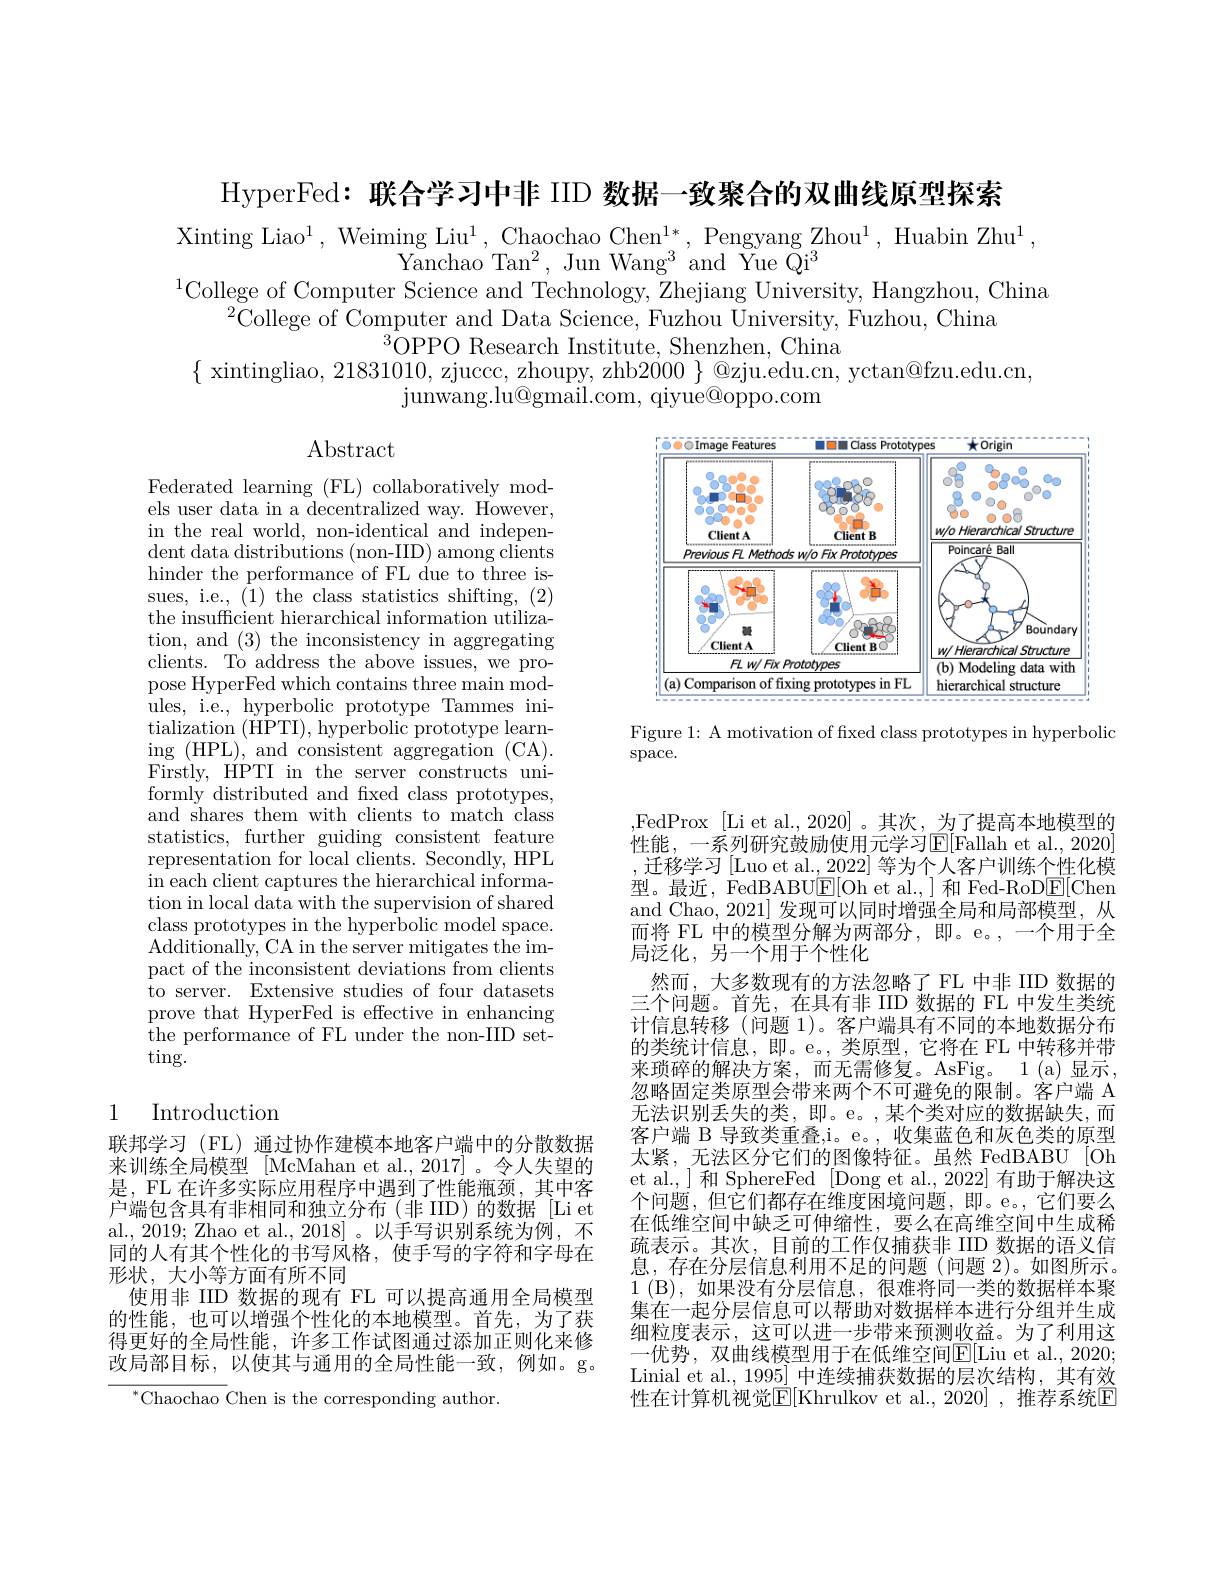
HyperFed: 联合学习中非 IID 数据一致聚合的双曲线原型探索

Xinting Liao$^1$, Weiming Liu$^1$, Chaochao Chen$^1*$, Pengyang Zhou$^1$, Huabin Zhu$^1$,
Yanchao Ta$n^{2}$, Jun Wan$g^{3}$ and $\tilde{Y}$ue $\tilde{Q} i^{3}$
$^{1}$College of Computer Science and Technology, Zhejiang University, Hangzhou, China
$^{2}$College of Computer and Data Science, Fuzhou University, Fuzhou, China
$^{3}$OPPO Research Institute, Shenzhen, China
$\{$ xintingliao, 21831010, zjuccc, zhoupy, zhb$2000\}\textcircled{\text{zju.edu.cn, yctan@fzu.edu.cn,}}$
junwang. lu@ gmail. com, qiyue@ oppo. com

$\operatorname{Abstract}$

<FigureHere>

Figure 1: A motivation of fixed class prototypes in hyperbolic
$\operatorname{space.}$

Federated learning (FL) collaboratively models user data in a decentralized way. However, in the real world, non-identical and indepen- ${\mathrm{dent~data~distributions~(non-IID)~among~clients}}$ hinder the performance of FL due to three issues, i.e., (1) the class statistics shifting, (2) the insufficient hierarchical information utilization, and (3) the inconsistency in aggregating clients. To address the above issues, we propose HyperFed which contains three main modules, i.e., hyperbolic prototype Tammes initialization (HPTI), hyperbolic prototype learning (HPL), and consistent aggregation (CA). Firstly, HPTI in the server constructs uniformly distributed and fixed class prototypes, and shares them with clients to match class statistics, further guiding consistent feature representation for local clients. Secondly, HPL in each client captures the hierarchical information in local data with the supervision of shared class prototypes in the hyperbolic model space. Additionally, CA in the server mitigates the impact of the inconsistent deviations from clients to server. Extensive studies of four datasets prove that HyperFed is effective in enhancing the performance of FL under the non-IID set- $\tan$g.

,FedProx[Li et al., 2020]。其次，为了提高本地模型的性能，一系列研究鼓励使用元学习$\operatorname{E}[$Fallah et al., 2020] ,迁移学习[Luo et al.,2022]等为个人客户训练个性化模型。最近，FedBABU$\underline{\mathrm{E}}[$Oh et al.,]和 Fed-RoD$\underline{\mathrm{E}}[$Chen and Chao, 2021] 发现可以同时增强全局和局部模型，从而将 FL 中的模型分解为两部分，即。e。,一个用于全局泛化，另一个用于个性化
然而，大多数现有的方法忽略了 FL 中非 IID 数据的三个问题。首先，在具有非 IID 数据的 FL 中发生类统计信息转移(问题 1)。客户端具有不同的本地数据分布的类统计信息，即。e。,类原型，它将在 FL 中转移并带来琐碎的解决方案，而无需修复。AsFig。1(a)显示， 忽略固定类原型会带来两个不可避免的限制。客户端 A 无法识别丢失的类，即。e。,某个类对应的数据缺失，而客户端 B 导致类重叠，i。e。, 收集蓝色和灰色类的原型太紧，无法区分它们的图像特征。虽然 FedBABU[Oh] et al., ] 和 SphereFed [Dong et al., 2022] 有助于解决这个问题，但它们都存在维度困境问题，即。e。,它们要么在低维空间中缺乏可伸缩性，要么在高维空间中生成稀疏表示。其次，目前的工作仅捕获非 IID 数据的语义信息，存在分层信息利用不足的问题(问题 2)。如图所示。1(B),如果没有分层信息，很难将同一类的数据样本聚集在一起分层信息可以帮助对数据样本进行分组并生成细粒度表示，这可以进一步带来预测收益。为了利用这一优势，双曲线模型用于在低维空间E[ Liu et al. , 2020] Linial et al., 1995] 中连续捕获数据的层次结构，其有效性在计算机视觉$\overline{\mathrm{E}}[$Khrulkov et al.,2020] ,推荐系统$\overline{\mathrm{E}}$

## 1 Introduction

联邦学习(FL)通过协作建模本地客户端中的分散数据来训练全局模型 [McMahan et al.,2017]。令人失望的是，FL 在许多实际应用程序中遇到了性能瓶颈，其中客户端包含具有非相同和独立分布(非IID)的数据[Liet] al., 2019; Zhao et al., 2018]。以手写识别系统为例，不同的人有其个性化的书写风格，使手写的字符和字母在形状，大小等方面有所不同
使用非 IID 数据的现有 FL 可以提高通用全局模型的性能，也可以增强个性化的本地模型。首先，为了获得更好的全局性能，许多工作试图通过添加正则化来修改局部目标，以使其与通用的全局性能一致，例如。g。
$^{*}$Chaochao Chen is the corresponding author.